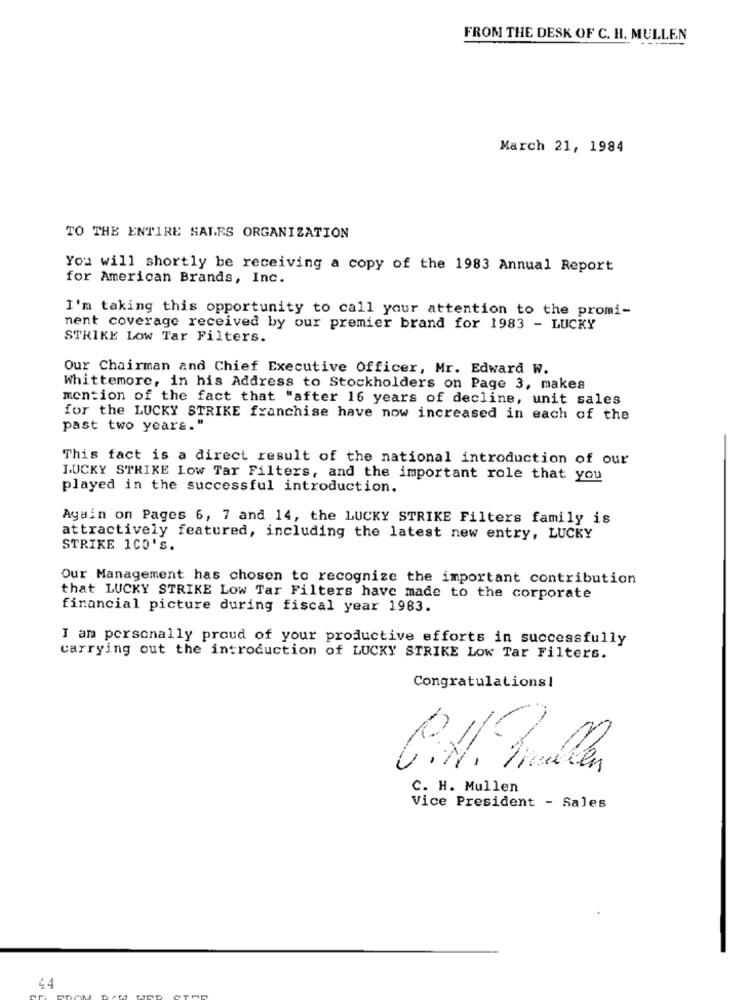
FROM THE DESK OF C. H. MULLEN
March 21, 1984
TO THE ENTIRE SALES ORGANIZATION
You will shortly be receiving a copy of the 1983 Annual Report
for American Brands, Inc.
I'm taking this opportunity to call your attention to the promi-
nent coverage received by our premier brand for 1983 - LUCKY
STRIKE Low Tar Filters.
Our Chairman and Chief Executive Officer, Mr. Edward W.
Whittemore, in his Address to Stockholders on Page 3, makes
mention of the fact that "after 16 years of decline, unit sales
for the LUCKY STRIKE franchise have now increased in each of the
past two years."
This fact is a direct result of the national introduction of our
LUCKY STRIKE Low Tar Filters, and the important role that you
played in the successful introduction.
Again on Pages 6, 7 and 14, the LUCKY STRIKE Filters family is
attractively featured, including the latest new entry, LUCKY
STRIKE 1CO'S.
Our Management has chosen to recognize the important contribution
that LUCKY STRIKE Low Tar Filters have made to the corporate
financial picture during fiscal year 1983.
I am personally proud of your productive efforts in successfully
carrying out the introduction of LUCKY STRIKE Low Tar Filters.
Congratulations!
-
-1
C. H. Mullen
Vice President - Sales
44